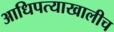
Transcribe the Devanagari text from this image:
आधिपत्याखालीच